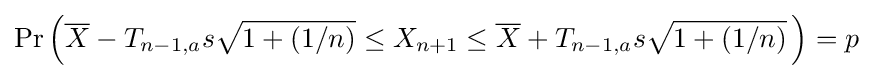
\Pr \left({\overline {X}}-T_{n-1,a}s{\sqrt {1+(1/n)}}\leq X_{n+1}\leq {\overline {X}}+T_{n-1,a}s{\sqrt {1+(1/n)}}\,\right)=p